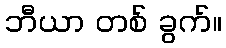
ဘီယာ တစ် ခွက်။